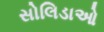
સોલિડાઓ